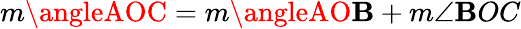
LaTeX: m\angleAOC=m\angleAO\mathbf{B}+m\angle\mathbf{B}OC